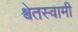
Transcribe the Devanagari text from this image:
श्वेतस्वामी